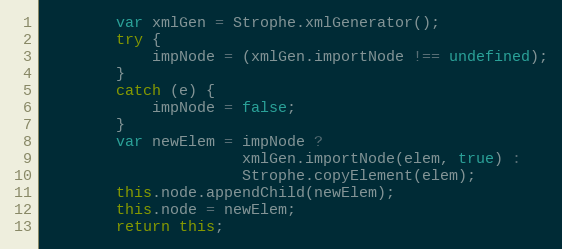
Language: JavaScript
        var xmlGen = Strophe.xmlGenerator();
        try {
            impNode = (xmlGen.importNode !== undefined);
        }
        catch (e) {
            impNode = false;
        }
        var newElem = impNode ?
                      xmlGen.importNode(elem, true) :
                      Strophe.copyElement(elem);
        this.node.appendChild(newElem);
        this.node = newElem;
        return this;